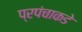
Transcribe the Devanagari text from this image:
प्रपंचाकडे